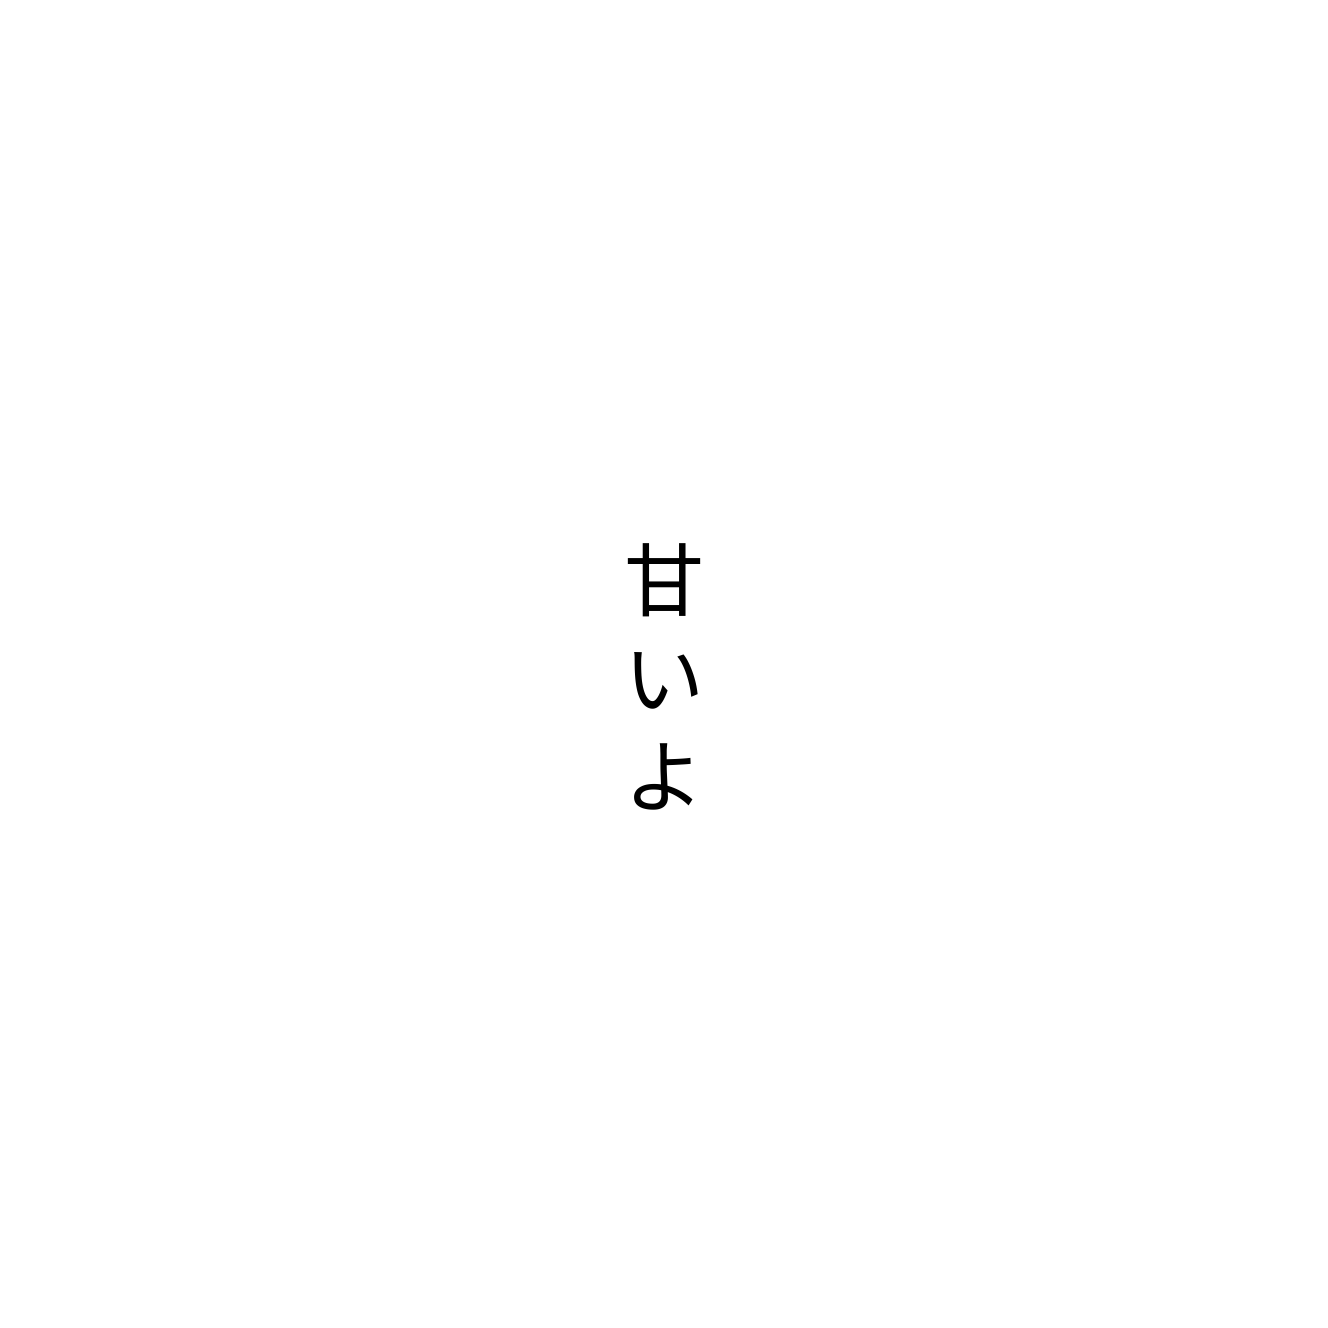
甘いよ